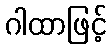
ဂါထာဖြင့်